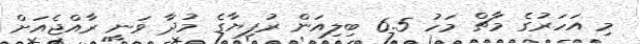
މި އަހަރުގެ މާޗް މަހު 6.5 ބިލިއަން ރުފިޔާގެ މުދާ ވަނީ ރާއްޖެއަށް